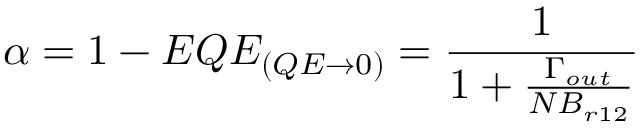
\alpha = 1 - E Q E _ { ( Q E \rightarrow 0 ) } = \frac { 1 } { 1 + \frac { \Gamma _ { o u t } } { N B _ { r 1 2 } } }